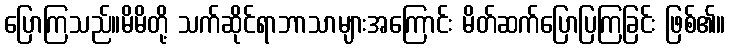
ပြောကြသည်။မိမိတို့ သက်ဆိုင်ရာဘာသာများအကြောင်း မိတ်ဆက်ပြောပြကြခြင်း ဖြစ်၏။